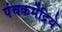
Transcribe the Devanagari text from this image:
पंचकर्मेंद्रिये